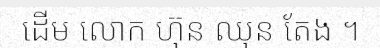
ដើម លោក ហ៊ុន ឈុន តែង ។